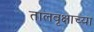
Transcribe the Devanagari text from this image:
तालवृक्षाच्या